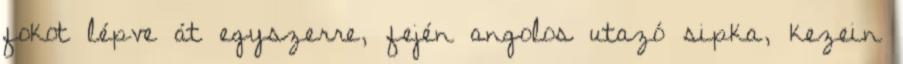
fokot lépve át egyszerre, fején angolos utazó sipka, kezein